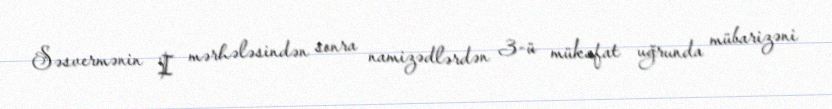
Səsvermənin I mərhələsindən sonra namizədlərdən 3-ü mükafat uğrunda mübarizəni